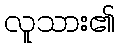
လူသား၏